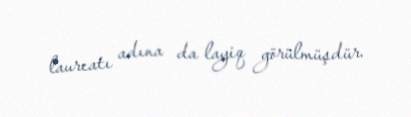
laureatı adına da layiq görülmüşdür.